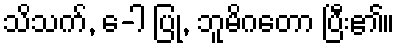
သိသက်, ေ-ါ ပြု, ဘူမိဂတော ပြီး၏။